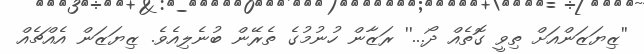
''ޒިޔަޒަންއަށް ތިވީ ގޮތެއް ދޯ...'' ރަޒާން ހުނުމުގެ ތެރޭން ބުނެލިއެވެ. ޒިޔަޒަން އެއްޗެއް